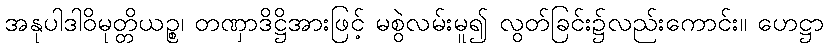
အနုပါဒါဝိမုတ္တိယဉ္စ၊ တဏှာဒိဋ္ဌိအားဖြင့် မစွဲလမ်းမူ၍ လွတ်ခြင်း၌လည်းကောင်း။ ဟေဋ္ဌာ